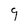
Character: 9